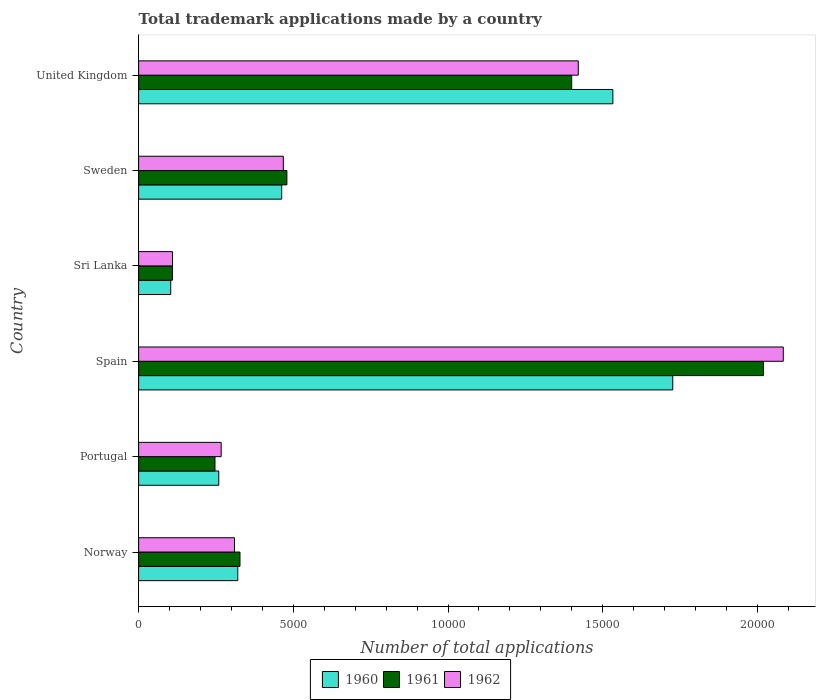
| Country | 1960 | 1961 | 1962 |
 | --- | --- | --- | --- |
 | Norway | 3.2e+03 | 3.28e+03 | 3.1e+03 |
 | Portugal | 2.59e+03 | 2.47e+03 | 2.67e+03 |
 | Spain | 1.73e+04 | 2.02e+04 | 2.08e+04 |
 | Sri Lanka | 1.04e+03 | 1.09e+03 | 1.1e+03 |
 | Sweden | 4.62e+03 | 4.79e+03 | 4.68e+03 |
 | United Kingdom | 1.53e+04 | 1.4e+04 | 1.42e+04 |